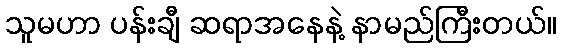
သူမဟာ ပန်းချီ ဆရာအနေနဲ့ နာမည်ကြီးတယ်။